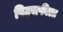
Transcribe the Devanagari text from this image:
पिट्सफील्ड